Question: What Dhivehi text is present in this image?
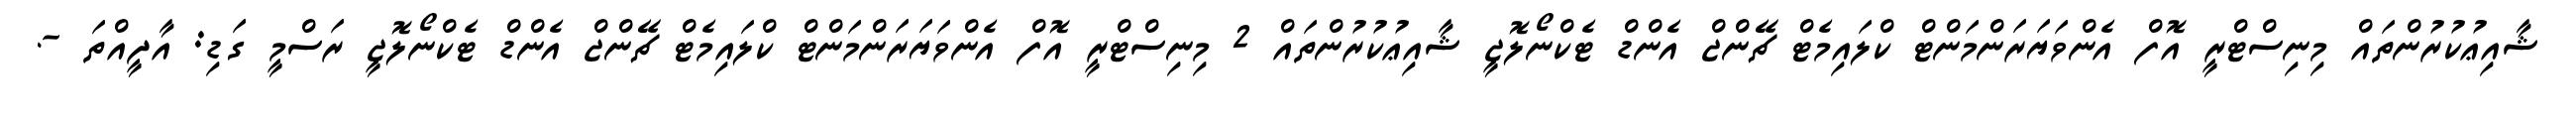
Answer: ޝާއިޢުކުރުންތައް މިނިސްޓްރީ އޮފް އެންވަޔަރަންމަންޓް ކްލައިމެޓް ޗޭންޖް އެންޑް ޓެކްނޯލޮޖީ ޝާއިޢުކުރުންތައް 2 މިނިސްޓްރީ އޮފް އެންވަޔަރަންމަންޓް ކްލައިމެޓް ޗޭންޖް އެންޑް ޓެކްނޯލޮޖީ ރަސްމީ ގަޑި: އާދީއްތަ -.